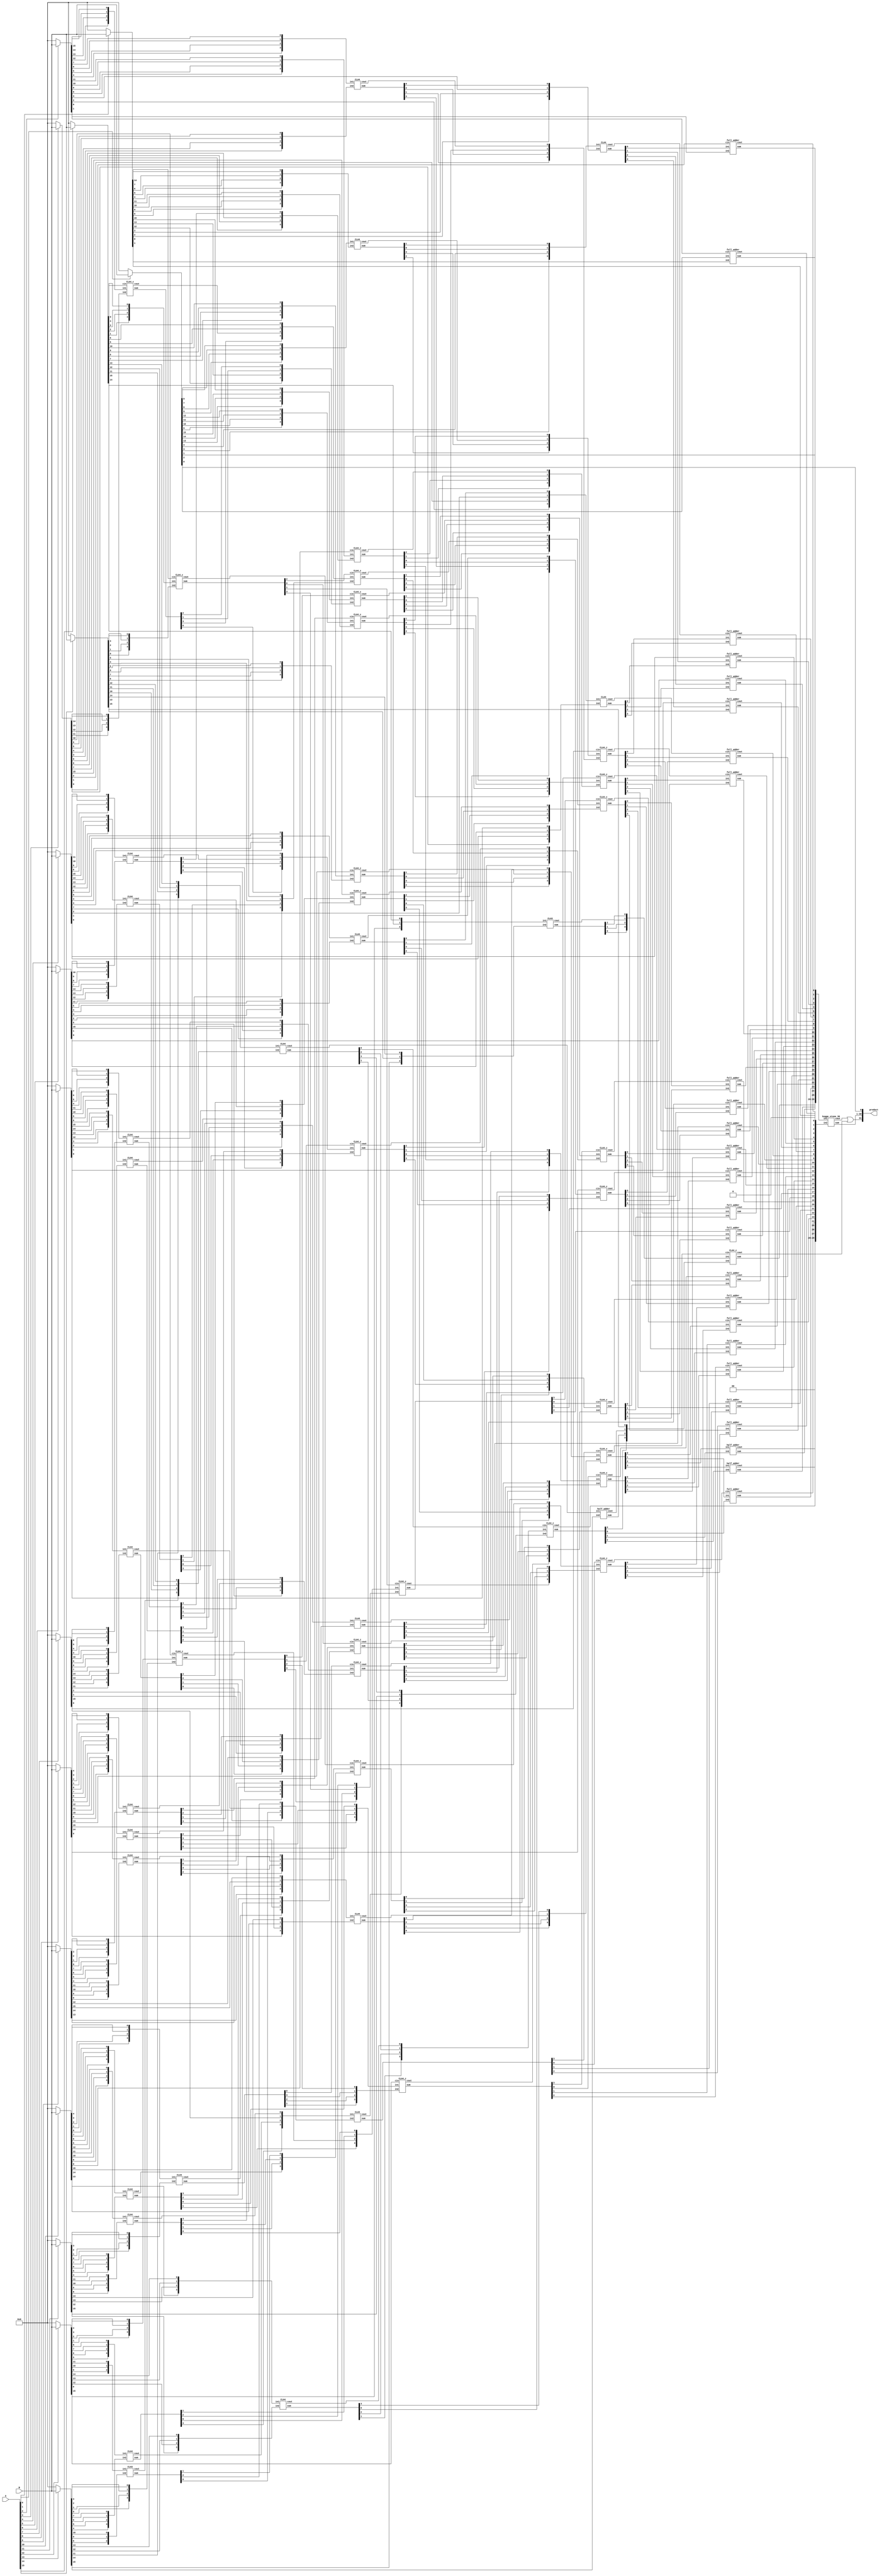
module multiplier_16bits_version2(product, A, B);

    /* This implementation is similar to 16bit dadda with CLA reduction, but
     * uses kogge-stone for carry propagating adder
     * Area: 5516.621334 
     * Power: 3.6651mW
     * Timing: 1.76ns 
     */
 
    input [15:0] A, B;
    output [31:0] product;

    wire [15:0] pp0, pp1, pp2, pp3, pp4, pp5, pp6, pp7, pp8, pp9, pp10, pp11, pp12, pp13, pp14, pp15;

    assign pp0  = A[0]  ? B : 16'b0000000000000000;
    assign pp1  = A[1]  ? B : 16'b0000000000000000;
    assign pp2  = A[2]  ? B : 16'b0000000000000000;
    assign pp3  = A[3]  ? B : 16'b0000000000000000;
    assign pp4  = A[4]  ? B : 16'b0000000000000000;
    assign pp5  = A[5]  ? B : 16'b0000000000000000;
    assign pp6  = A[6]  ? B : 16'b0000000000000000;
    assign pp7  = A[7]  ? B : 16'b0000000000000000;
    assign pp8  = A[8]  ? B : 16'b0000000000000000;
    assign pp9  = A[9]  ? B : 16'b0000000000000000;
    assign pp10 = A[10] ? B : 16'b0000000000000000;
    assign pp11 = A[11] ? B : 16'b0000000000000000;
    assign pp12 = A[12] ? B : 16'b0000000000000000;
    assign pp13 = A[13] ? B : 16'b0000000000000000;
    assign pp14 = A[14] ? B : 16'b0000000000000000;
    assign pp15 = A[15] ? B : 16'b0000000000000000;

    assign product[0] = pp0[0];

    /* CLA 1 */
    wire [3:0] s1, in1_1, in1_2;
    wire c1;
    assign in1_1 = {pp2[12], pp2[13], pp2[14], pp2[15]};
    assign in1_2 = {pp3[11], pp3[12], pp3[13], pp3[14]};
    CLA4_c CLA01(s1, c1, in1_1, in1_2, pp14[0]);

    /* CLA 2 */
    wire [3:0] s2, in2_1, in2_2;
    wire c2;
    assign in2_1 = {pp4[8], pp4[9], pp4[10], pp4[11]};
    assign in2_2 = {pp5[7], pp5[8], pp5[9],  pp5[10]};
    CLA4 CLA02(s2, c2, in2_1, in2_2);

    wire [3:0] s3, in3_1, in3_2;
    wire c3;
    assign in3_1 = {pp4[12], pp4[13], pp4[14], pp4[15]};
    assign in3_2 = {pp5[11], pp5[12], pp5[13], pp5[14]};
    CLA4 CLA03(s3, c3, in3_1, in3_2);

    wire [3:0] s4, in4_1, in4_2;
    wire c4;
    assign in4_1 = {pp6[4], pp6[5], pp6[6], pp6[7]};
    assign in4_2 = {pp7[3], pp7[4], pp7[5], pp7[6]};
    CLA4 CLA04(s4, c4, in4_1, in4_2);

    wire [3:0] s5, in5_1, in5_2;
    wire c5;
    assign in5_1 = {pp6[8], pp6[9], pp6[10], pp6[11]};
    assign in5_2 = {pp7[7], pp7[8], pp7[9],  pp7[10]};
    CLA4 CLA05(s5, c5, in5_1, in5_2);

    wire [3:0] s6, in6_1, in6_2;
    wire c6;
    assign in6_1 = {pp6[12], pp6[13], pp6[14], pp6[15]};
    assign in6_2 = {pp7[11], pp7[12], pp7[13], pp7[14]};
    CLA4 CLA06(s6, c6, in6_1, in6_2);

    wire [3:0] s7, in7_1, in7_2;
    wire c7;
    assign in7_1 = {pp8[1], pp8[2], pp8[3], pp8[4]};
    assign in7_2 = {pp9[0], pp9[1], pp9[2], pp9[3]};
    CLA4 CLA07(s7, c7, in7_1, in7_2);

    wire [3:0] s8, in8_1, in8_2;
    wire c8;
    assign in8_1 = {pp8[5], pp8[6], pp8[7], pp8[8]};
    assign in8_2 = {pp9[4], pp9[5], pp9[6], pp9[7]};
    CLA4 CLA08(s8, c8, in8_1, in8_2);

    wire [3:0] s9, in9_1, in9_2;
    wire c9;
    assign in9_1 = {pp8[9], pp8[10], pp8[11], pp8[12]};
    assign in9_2 = {pp9[8], pp9[9],  pp9[10], pp9[11]};
    CLA4 CLA09(s9, c9, in9_1, in9_2);

    wire [3:0] sA, inA_1, inA_2;
    wire cA;
    assign inA_1 = {pp10[1], pp10[2], pp10[3], pp10[4]};
    assign inA_2 = {pp11[0], pp11[1], pp11[2], pp11[3]};
    CLA4 CLA0A(sA, cA, inA_1, inA_2);

    wire [3:0] sB, inB_1, inB_2;
    wire cB;
    assign inB_1 = {pp10[5], pp10[6], pp10[7], pp10[8]};
    assign inB_2 = {pp11[4], pp11[5], pp11[6], pp11[7]};
    CLA4 CLA0B(sB, cB, inB_1, inB_2);

    wire [3:0] sC, inC_1, inC_2;
    wire cC;
    assign inC_1 = {pp10[9], pp10[10], pp10[11], pp10[12]};
    assign inC_2 = {pp11[8], pp11[9],  pp11[10], pp11[11]};
    CLA4 CLA0C(sC, cC, inC_1, inC_2);


    wire [3:0] sD, inD_1, inD_2;
    wire cD;
    assign inD_1 = {pp12[1], pp12[2], pp12[3], pp12[4]};
    assign inD_2 = {pp13[0], pp13[1], pp13[2], pp13[3]};
    CLA4_c CLA0D(sD, cD, inD_1, inD_2, pp3[10]);

    wire [3:0] sE, inE_1, inE_2;
    wire cE;
    assign inE_1 = {pp12[5], pp12[6], pp12[7], pp12[8]};
    assign inE_2 = {pp13[4], pp13[5], pp13[6], pp13[7]};
    CLA4 CLA0E(sE, cE, inE_1, inE_2);

    wire [2:0] sF, inF_1, inF_2;
    wire cF;
    assign inF_1 = {pp12[9], pp12[10], pp12[11]};
    assign inF_2 = {pp13[8], pp13[9],  pp13[10]};
    CLA3 CLA0F(sF, cF, inF_1, inF_2);

    wire [3:0] sG, inG_1, inG_2;
    wire cG;
    assign inG_1 = {pp14[1], pp14[2], pp14[3], pp14[4]};
    assign inG_2 = {pp15[0], pp15[1], pp15[2], pp15[3]};
    CLA4_c CLA0G(sG, cG, inG_1, inG_2, pp1[14]);


    /* 2nd Stage */

    wire [3:0] sH, inH_1, inH_2;
    wire cH;
    assign inH_1 = {pp0[5], pp0[6], pp0[7], pp0[8]};
    assign inH_2 = {pp1[4], pp1[5], pp1[6], pp1[7]};
    CLA4 CLA0H(sH, cH, inH_1, inH_2);

    wire [3:0] sI, inI_1, inI_2;
    wire cI;
    assign inI_1 = {pp0[9], pp0[10], pp0[11], pp0[12]};
    assign inI_2 = {pp1[8], pp1[9],  pp1[10], pp1[11]};
    CLA4_c CLA0I(sI, cI, inI_1, inI_2, s7[0]);

    wire [3:0] sJ, inJ_1, inJ_2;
    wire cJ;
    assign inJ_1 = {pp0[13], pp0[14], pp0[15], pp1[15]};
    assign inJ_2 = {pp1[12], pp1[13], s1[1],   s1[2]};
    CLA4_c CLA0J(sJ, cJ, inJ_1, inJ_2, sD[0]);
 
    wire [3:0] sK, inK_1, inK_2;
    wire cK;
    assign inK_1 = {s1[3], c1,    pp14[5], pp14[6]};
    assign inK_2 = {s3[1], s3[2], pp15[4], pp15[5]};
    CLA4_c CLA0K(sK, cK, inK_1, inK_2, sG[2]);

    wire [3:0] sL, inL_1, inL_2;
    wire cL;
    assign inL_1 = {pp14[7], pp14[8], pp14[9], pp14[10]};
    assign inL_2 = {pp15[6], pp15[7], pp15[8], pp15[9]};
    CLA4_c CLA0L(sL, cL, inL_1, inL_2, pp8[13]);


    wire [3:0] sM, inM_1, inM_2;
    wire cM;
    assign inM_1 = {pp2[4], pp2[5], pp2[6], pp2[7]};
    assign inM_2 = {pp3[3], pp3[4], pp3[5], pp3[6]};
    CLA4 CLA0M(sM, cM, inM_1, inM_2);

    wire [3:0] sN, inN_1, inN_2;
    wire cN;
    assign inN_1 = {pp2[8], pp2[9], pp2[10], pp2[11]};
    assign inN_2 = {pp3[7], pp3[8], pp3[9],  s2[1]};
    CLA4_c CLA0N(sN, cN, inN_1, inN_2, pp10[0]);

    wire [3:0] sO, inO_1, inO_2;
    wire cO;
    assign inO_1 = {s1[0], s2[3], c2,    s5[3]};
    assign inO_2 = {s2[2], s5[1], s3[0], c8};
    CLA4_c CLA0O(sO, cO, inO_1, inO_2, sD[1]);

    wire [3:0] sP, inP_1, inP_2;
    wire cP;
    assign inP_1 = {c5,    s3[3], c3,    s6[3]};
    assign inP_2 = {s6[0], s6[1], s6[2], pp9[12]};
    CLA4_c CLA0P(sP, cP, inP_1, inP_2, pp3[15]);


    wire [3:0] sQ, inQ_1, inQ_2;
    wire cQ;
    assign inQ_1 = {pp9[13], pp9[14], pp9[15],  pp10[15]};
    assign inQ_2 = {pp8[14], pp8[15], pp10[14], pp11[14]};
    CLA4 CLA0Q(sQ, cQ, inQ_1, inQ_2);

    wire [3:0] sR, inR_1, inR_2;
    wire cR;
    assign inR_1 = {pp4[3], pp4[4], pp4[5], pp4[6]};
    assign inR_2 = {pp5[2], pp5[3], pp5[4], pp5[5]};
    CLA4 CLA0R(sR, cR, inR_1, inR_2);

    wire [3:0] sS, inS_1, inS_2;
    wire cS;
    assign inS_1 = {pp4[7], s2[0], s4[3], c4};
    assign inS_2 = {pp5[6], s4[2], c7,    s5[0]};
    CLA4_c CLA0S(sS, cS, inS_1, inS_2, sA[0]);

    wire [3:0] sT, inT_1, inT_2;
    wire cT;
    assign inT_1 = {s8[2], s5[2], s9[0], s9[1]};
    assign inT_2 = {cA,    s8[3], sB[2], sB[3]};
    CLA4_c CLA0T(sT, cT, inT_1, inT_2, sG[0]);

    wire [3:0] sU, inU_1, inU_2;
    wire cU;
    assign inU_1 = {s9[2], s9[3], c9, sC[3]};
    assign inU_2 = {cB, sC[1], sC[2], sF[1]};
    CLA4_c CLA0U(sU, cU, inU_1, inU_2, cG);

    wire [3:0] sV, inV_1, inV_2;
    wire cV;
    assign inV_1 = {pp10[13], pp11[13], pp12[13], pp12[14]};
    assign inV_2 = {pp11[12], pp12[12], pp13[12], pp13[13]};
    CLA4 CLA0V(sV, cV, inV_1, inV_2);


    wire [3:0] sW, inW_1, inW_2;
    wire cW;
    assign inW_1 = {pp6[2], pp6[3], s4[0], s4[1]};
    assign inW_2 = {pp7[1], pp7[2], s7[1], s7[2]};
    CLA4 CLA0W(sW, cW, inW_1, inW_2);


    wire [3:0] sX, inX_1, inX_2;
    wire cX;
    assign inX_1 = {s7[3], s8[0], s8[1], sB[0]};
    assign inX_2 = {sA[1], sA[2], sA[3], sD[2]};
    CLA4_c CLA0X(sX, cX, inX_1, inX_2, pp12[0]);


    wire [3:0] sY, inY_1, inY_2;
    wire cY;
    assign inY_1 = {sB[1], cD, sE[1], sC[0]};
    assign inY_2 = {sD[3], sE[0], sG[3], sE[2]};
    CLA4_c CLA0Y(sY, cY, inY_1, inY_2, sG[1]);

    wire [3:0] sZ, inZ_1, inZ_2;
    wire cZ;
    assign inZ_1 = {sE[3], cE, pp7[15], cC};
    assign inZ_2 = {pp5[15], sF[0], c6, sF[2]};
    CLA4 CLA0Z(sZ, cZ, inZ_1, inZ_2);

    wire [3:0] s11, in11_1, in11_2;
    wire c11;
    assign in11_1 = {pp13[11], pp14[11], pp14[12], pp14[13]};
    assign in11_2 = {cF,       pp15[10], pp15[11], pp15[12]};
    CLA4 CLA11(s11, c11, in11_1, in11_2);

    /* 2nd Stage */
    wire [3:0] s12, in12_1, in12_2;
    wire c12;
    assign in12_1 = {pp0[3], pp0[4], sH[0], sH[1]};
    assign in12_2 = {pp1[2], pp1[3], pp2[3], sM[0]};
    CLA4 CLA12(s12, c12, in12_1, in12_2);


    wire [3:0] s13, in13_1, in13_2;
    wire c13;
    assign in13_1 = {sH[2], sH[3], cH,    sI[1]};
    assign in13_2 = {sM[1], sM[2], sI[0], cM};
    CLA4_c CLA13(s13, c13, in13_1, in13_2, pp7[0]);

    wire [3:0] s14, in14_1, in14_2;
    wire c14;
    assign in14_1 = {sI[2], sI[3], cI,    sJ[1]};
    assign in14_2 = {sN[1], sN[2], sJ[0], cN};
    CLA4_c CLA14(s14, c14, in14_1, in14_2, sW[3]);

    wire [3:0] s15, in15_1, in15_2;
    wire c15;
    assign in15_1 = {sJ[2], sJ[3], cJ,    sK[1]};
    assign in15_2 = {sO[1], sO[2], sK[0], cO};
    CLA4_c CLA15(s15, c15, in15_1, in15_2, sX[3]);

    wire [3:0] s16, in16_1, in16_2;
    wire c16;
    assign in16_1 = {sK[2], sK[3], cK,    sL[1]};
    assign in16_2 = {sP[1], sP[2], sL[0], cP};
    CLA4_c CLA16(s16, c16, in16_1, in16_2, sY[3]);

    wire [3:0] s17, in17_1, in17_2;
    wire c17;
    assign in17_1 = {sL[2], sL[3], cL,    cQ};
    assign in17_2 = {sQ[1], sQ[2], sQ[3], sV[3]};
    CLA4_c CLA17(s17, c17, in17_1, in17_2, sZ[3]);

    wire [3:0] s18, in18_1, in18_2;
    wire c18;
    assign in18_1 = {pp2[2], pp3[2], pp4[2], sR[0]};
    assign in18_2 = {pp3[1], pp4[1], pp5[1], pp6[1]};
    CLA4 CLA18(s18, c18, in18_1, in18_2);

    wire [3:0] s19, in19_1, in19_2;
    wire c19;
    assign in19_1 = {sR[1], sM[3], sN[0], cR};
    assign in19_2 = {sW[0], sR[2], sR[3], sS[0]};
    CLA4_c CLA19(s19, c19, in19_1, in19_2, pp8[0]);

    wire [3:0] s20, in20_1, in20_2;
    wire c20;
    assign in20_1 = {sS[1], sN[3], sO[0], cS};
    assign in20_2 = {cW,    sS[2], sS[3], sT[0]};
    CLA4_c CLA20(s20, c20, in20_1, in20_2, sX[0]);

    wire [3:0] s21, in21_1, in21_2;
    wire c21;
    assign in21_1 = {sT[1], sO[3], sP[0], cT};
    assign in21_2 = {cX,    sT[2], sT[3], sU[0]};
    CLA4_c CLA21(s21, c21, in21_1, in21_2, sY[0]);


    wire [3:0] s22, in22_1, in22_2;
    wire c22;
    assign in22_1 = {sU[1], sP[3], sQ[0], cU};
    assign in22_2 = {cY,    sU[2], sU[3], sV[0]};
    CLA4_c CLA22(s22, c22, in22_1, in22_2, sZ[0]);


    wire [3:0] s23, in23_1, in23_2;
    wire c23;
    assign in23_1 = {sV[1], sV[2],  s11[2], cV};
    assign in23_2 = {cZ,    s11[1], pp11[15], s11[3]};
    CLA4_c CLA23(s23, c23, in23_1, in23_2, s11[0]);


    wire [2:0] s24, in24_1, in24_2;
    wire c24;
    assign in24_1 = {pp12[15], pp14[14], pp14[15]};
    assign in24_2 = {pp13[14], pp15[13], pp15[14]};
    CLA3 CLA24(s24, c24, in24_1, in24_2);

    half_adder HA01(s25, c25, c11, pp13[15]);

    /* 3rd Stage */
    full_adder fa01(s31, c31, pp0[2], pp1[1], pp2[0]);
    full_adder fa02(s32, c32, s12[0], pp2[1], pp3[0]);
    full_adder fa03(s33, c33, s12[1], s18[0], pp4[0]);
    full_adder fa04(s34, c34, s12[2], s18[1], pp5[0]);
    full_adder fa05(s35, c35, s12[3], s18[2], pp6[0]);
    full_adder fa06(s36, c36, s13[0], s18[3], c12);
    full_adder fa07(s37, c37, s13[1], s19[0], c18);
    full_adder fa08(s38, c38, s13[2], s19[1], sW[1]);
    full_adder fa09(s39, c39, s13[3], s19[2], sW[2]);
    full_adder fa10(s40, c40, s14[0], s19[3], c13);
    full_adder fa11(s41, c41, s14[1], s20[0], c19);
    full_adder fa12(s42, c42, s14[2], s20[1], sX[1]);
    full_adder fa13(s43, c43, s14[3], s20[2], sX[2]);
    full_adder fa14(s44, c44, s15[0], s20[3], c14);
    full_adder fa15(s45, c45, s15[1], s21[0], c20);
    full_adder fa16(s46, c46, s15[2], s21[1], sY[1]);
    full_adder fa17(s47, c47, s15[3], s21[2], sY[2]);
    full_adder fa18(s48, c48, s16[0], s21[3], c15);
    full_adder fa19(s49, c49, s16[1], s22[0], c21);
    full_adder fa20(s50, c50, s16[2], s22[1], sZ[1]);
    full_adder fa21(s51, c51, s16[3], s22[2], sZ[2]);
    full_adder fa22(s52, c52, s17[0], s22[3], c16);
    full_adder fa23(s53, c53, s17[1], s23[0], c22);
    half_adder ha02(s54, c54, s17[2], s23[1]);
    half_adder ha03(s55, c55, s17[3], s23[2]);

    wire [3:0] s26, in26_1, in26_2;
    wire c26;
    assign in26_1 = {s24[0], s24[1], s24[2], c24};
    assign in26_2 = {s23[3], s25, c25, pp15[15]};
    CLA4_c CLA26(s26, c26, in26_1, in26_2, c17);


    wire [29:0] s, in_1, in_2;
    wire c;
    assign in_1 = {s26[3],s26[2],s26[1],s26[0],s55,s54,s53,s52,s51,s50,s49,s48,s47,s46,s45,s44,s43,s42,s41,s40,s39,s38,s37,s36,s35,s34,s33,s32,s31,pp0[1]};
    assign in_2 = {1'b0,1'b0,c23,c55,c54,c53,c52,c51,c50,c49,c48,c47,c46,c45,c44,c43,c42,c41,c40,c39,c38,c37,c36,c35,c34,c33,c32,c31,1'b0,pp1[0]};
    kogge_stone_30 KS_27(s, c, in_1, in_2);
    assign product[1]  = s[0];
    assign product[2]  = s[1];
    assign product[3]  = s[2];
    assign product[4]  = s[3];
    assign product[5]  = s[4];
    assign product[6]  = s[5];
    assign product[7]  = s[6];
    assign product[8]  = s[7];
    assign product[9]  = s[8];
    assign product[10] = s[9];
    assign product[11] = s[10];
    assign product[12] = s[11];
    assign product[13] = s[12];
    assign product[14] = s[13];
    assign product[15] = s[14];
    assign product[16] = s[15];
    assign product[17] = s[16];
    assign product[18] = s[17];
    assign product[19] = s[18];
    assign product[20] = s[19];
    assign product[21] = s[20];
    assign product[22] = s[21];
    assign product[23] = s[22];
    assign product[24] = s[23];
    assign product[25] = s[24];
    assign product[26] = s[25];
    assign product[27] = s[26];
    assign product[28] = s[27];
    assign product[29] = s[28];
    assign product[30] = s[29];
    or(product[31], c, c26);
endmodule

module CLA4(output [3:0] sum,
            output cout,
            input [3:0] in1, in2);

    wire [3:0] G; /* Generate */
    wire [3:0] P; /* Propagate */
    wire [3:0] C; /* Carry */

    assign G[0] = in1[3] & in2[3]; /*Generate    Gi = Ai * Bi */
    assign G[1] = in1[2] & in2[2];
    assign G[2] = in1[1] & in2[1];
    assign G[3] = in1[0] & in2[0];
    assign P[0] = in1[3] ^ in2[3]; /*Propagate   Pi = Ai + Bi */
    assign P[1] = in1[2] ^ in2[2];
    assign P[2] = in1[1] ^ in2[1];
    assign P[3] = in1[0] ^ in2[0];

    assign C[0] = 0;
    assign C[1] = G[0] | (P[0] & C[0]);
    assign C[2] = G[1] | (P[1] & C[1]);
    assign C[3] = G[2] | (P[2] & C[2]);
    assign cout = G[3] | (P[3] & C[3]);
    assign sum = P ^ C;
endmodule

module CLA3(output [2:0] sum,
            output cout,
            input [2:0] in1, in2);

    wire [2:0] G; /* Generate */
    wire [2:0] P; /* Propagate */
    wire [2:0] C; /* Carry */

    assign G[0] = in1[2] & in2[2]; /*Generate    Gi = Ai * Bi */
    assign G[1] = in1[1] & in2[1];
    assign G[2] = in1[0] & in2[0];

    assign P[0] = in1[2] ^ in2[2];
    assign P[1] = in1[1] ^ in2[1];
    assign P[2] = in1[0] ^ in2[0];

    assign C[0] = 0;
    assign C[1] = G[0] | (P[0] & C[0]);
    assign C[2] = G[1] | (P[1] & C[1]);
    assign cout = G[2] | (P[2] & C[2]);
    assign sum = P ^ C;
endmodule

module CLA4_c(output [3:0] sum,
            output cout,
            input [3:0] in1, in2,
            input cin);

    wire [3:0] G; /* Generate */
    wire [3:0] P; /* Propagate */
    wire [3:0] C; /* Carry */

    assign G[0] = in1[3] & in2[3]; /*Generate    Gi = Ai * Bi */
    assign G[1] = in1[2] & in2[2];
    assign G[2] = in1[1] & in2[1];
    assign G[3] = in1[0] & in2[0];
    assign P[0] = in1[3] ^ in2[3]; /*Propagate   Pi = Ai + Bi */
    assign P[1] = in1[2] ^ in2[2];
    assign P[2] = in1[1] ^ in2[1];
    assign P[3] = in1[0] ^ in2[0];

    assign C[0] = cin;
    assign C[1] = G[0] | (P[0] & C[0]);
    assign C[2] = G[1] | (P[1] & C[1]);
    assign C[3] = G[2] | (P[2] & C[2]);
    assign cout = G[3] | (P[3] & C[3]);
    assign sum = P ^ C;
endmodule

module half_adder(output wire sum,
                  output wire cout,
                  input wire in1,
                  input wire in2);
    xor(sum, in1, in2);
    and(cout, in1, in2);
endmodule

module full_adder(output wire sum,
                  output wire cout,
                  input wire in1,
                  input wire in2,
                  input wire cin);
    wire temp1;
    wire temp2;
    wire temp3;
    xor(sum, in1, in2, cin);
    and(temp1,in1,in2);
    and(temp2,in1,cin);
    and(temp3,in2,cin);
    or(cout,temp1,temp2,temp3);
endmodule

module kogge_stone_30(sum, cout, in1, in2);
    input [29:0] in1, in2; //input
    output [29:0] sum; //output
    output cout; //carry-out
    wire [29:0] G_Z, P_Z, //wires
    G_A, P_A,
    G_B, P_B,
    G_C, P_C,
    G_D, P_D,
    G_E, P_E,
    G_F, P_F;

    assign P_Z = in1 ^ in2;
    assign G_Z = in1 & in2;

    /*level 1*/
    assign G_A[0] = G_Z[0];
    //gray_cell level_0A(cin, P_Z[0], G_Z[0], G_A[0]);
    black_cell level_1A(G_Z[0],  P_Z[1],  G_Z[1],  P_Z[0],  G_A[1],  P_A[1]);
    black_cell level_2A(G_Z[1],  P_Z[2],  G_Z[2],  P_Z[1],  G_A[2],  P_A[2]);
    black_cell level_3A(G_Z[2],  P_Z[3],  G_Z[3],  P_Z[2],  G_A[3],  P_A[3]);
    black_cell level_4A(G_Z[3],  P_Z[4],  G_Z[4],  P_Z[3],  G_A[4],  P_A[4]);
    black_cell level_5A(G_Z[4],  P_Z[5],  G_Z[5],  P_Z[4],  G_A[5],  P_A[5]);
    black_cell level_6A(G_Z[5],  P_Z[6],  G_Z[6],  P_Z[5],  G_A[6],  P_A[6]);
    black_cell level_7A(G_Z[6],  P_Z[7],  G_Z[7],  P_Z[6],  G_A[7],  P_A[7]);
    black_cell level_8A(G_Z[7],  P_Z[8],  G_Z[8],  P_Z[7],  G_A[8],  P_A[8]);
    black_cell level_9A(G_Z[8],  P_Z[9],  G_Z[9],  P_Z[8],  G_A[9],  P_A[9]);
    black_cell level_AA(G_Z[9],  P_Z[10], G_Z[10], P_Z[9],  G_A[10], P_A[10]);
    black_cell level_BA(G_Z[10], P_Z[11], G_Z[11], P_Z[10], G_A[11], P_A[11]);
    black_cell level_CA(G_Z[11], P_Z[12], G_Z[12], P_Z[11], G_A[12], P_A[12]);
    black_cell level_DA(G_Z[12], P_Z[13], G_Z[13], P_Z[12], G_A[13], P_A[13]);
    black_cell level_EA(G_Z[13], P_Z[14], G_Z[14], P_Z[13], G_A[14], P_A[14]);
    black_cell level_FA(G_Z[14], P_Z[15], G_Z[15], P_Z[14], G_A[15], P_A[15]);
    black_cell level_GA(G_Z[15], P_Z[16], G_Z[16], P_Z[15], G_A[16], P_A[16]);
    black_cell level_HA(G_Z[16], P_Z[17], G_Z[17], P_Z[16], G_A[17], P_A[17]);
    black_cell level_IA(G_Z[17], P_Z[18], G_Z[18], P_Z[17], G_A[18], P_A[18]);
    black_cell level_JA(G_Z[18], P_Z[19], G_Z[19], P_Z[18], G_A[19], P_A[19]);
    black_cell level_KA(G_Z[19], P_Z[20], G_Z[20], P_Z[19], G_A[20], P_A[20]);
    black_cell level_LA(G_Z[20], P_Z[21], G_Z[21], P_Z[20], G_A[21], P_A[21]);
    black_cell level_MA(G_Z[21], P_Z[22], G_Z[22], P_Z[21], G_A[22], P_A[22]);
    black_cell level_NA(G_Z[22], P_Z[23], G_Z[23], P_Z[22], G_A[23], P_A[23]);
    black_cell level_OA(G_Z[23], P_Z[24], G_Z[24], P_Z[23], G_A[24], P_A[24]);
    black_cell level_PA(G_Z[24], P_Z[25], G_Z[25], P_Z[24], G_A[25], P_A[25]);
    black_cell level_QA(G_Z[25], P_Z[26], G_Z[26], P_Z[25], G_A[26], P_A[26]);
    black_cell level_RA(G_Z[26], P_Z[27], G_Z[27], P_Z[26], G_A[27], P_A[27]);
    black_cell level_SA(G_Z[27], P_Z[28], G_Z[28], P_Z[27], G_A[28], P_A[28]);
    black_cell level_TA(G_Z[28], P_Z[29], G_Z[29], P_Z[28], G_A[29], P_A[29]);

    /*level 2*/
    assign G_B[1] = G_A[1];
    //gray_cell level_1B(cin,      P_A[1],  G_A[1],  G_B[1]);
    gray_cell level_2B(G_A[0],   P_A[2],  G_A[2],  G_B[2]);
    black_cell level_3B(G_A[1],  P_A[3],  G_A[3],  P_A[1],  G_B[3],  P_B[3]);
    black_cell level_4B(G_A[2],  P_A[4],  G_A[4],  P_A[2],  G_B[4],  P_B[4]);
    black_cell level_5B(G_A[3],  P_A[5],  G_A[5],  P_A[3],  G_B[5],  P_B[5]);
    black_cell level_6B(G_A[4],  P_A[6],  G_A[6],  P_A[4],  G_B[6],  P_B[6]);
    black_cell level_7B(G_A[5],  P_A[7],  G_A[7],  P_A[5],  G_B[7],  P_B[7]);
    black_cell level_8B(G_A[6],  P_A[8],  G_A[8],  P_A[6],  G_B[8],  P_B[8]);
    black_cell level_9B(G_A[7],  P_A[9],  G_A[9],  P_A[7],  G_B[9],  P_B[9]);
    black_cell level_AB(G_A[8],  P_A[10], G_A[10], P_A[8],  G_B[10], P_B[10]);
    black_cell level_BB(G_A[9],  P_A[11], G_A[11], P_A[9],  G_B[11], P_B[11]);
    black_cell level_CB(G_A[10], P_A[12], G_A[12], P_A[10], G_B[12], P_B[12]);
    black_cell level_DB(G_A[11], P_A[13], G_A[13], P_A[11], G_B[13], P_B[13]);
    black_cell level_EB(G_A[12], P_A[14], G_A[14], P_A[12], G_B[14], P_B[14]);
    black_cell level_FB(G_A[13], P_A[15], G_A[15], P_A[13], G_B[15], P_B[15]);
    black_cell level_GB(G_A[14], P_A[16], G_A[16], P_A[14], G_B[16], P_B[16]);
    black_cell level_HB(G_A[15], P_A[17], G_A[17], P_A[15], G_B[17], P_B[17]);
    black_cell level_IB(G_A[16], P_A[18], G_A[18], P_A[16], G_B[18], P_B[18]);
    black_cell level_JB(G_A[17], P_A[19], G_A[19], P_A[17], G_B[19], P_B[19]);
    black_cell level_KB(G_A[18], P_A[20], G_A[20], P_A[18], G_B[20], P_B[20]);
    black_cell level_LB(G_A[19], P_A[21], G_A[21], P_A[19], G_B[21], P_B[21]);
    black_cell level_MB(G_A[20], P_A[22], G_A[22], P_A[20], G_B[22], P_B[22]);
    black_cell level_NB(G_A[21], P_A[23], G_A[23], P_A[21], G_B[23], P_B[23]);
    black_cell level_OB(G_A[22], P_A[24], G_A[24], P_A[22], G_B[24], P_B[24]);
    black_cell level_PB(G_A[23], P_A[25], G_A[25], P_A[23], G_B[25], P_B[25]);
    black_cell level_QB(G_A[24], P_A[26], G_A[26], P_A[24], G_B[26], P_B[26]);
    black_cell level_RB(G_A[25], P_A[27], G_A[27], P_A[25], G_B[27], P_B[27]);
    black_cell level_SB(G_A[26], P_A[28], G_A[28], P_A[26], G_B[28], P_B[28]);
    black_cell level_TB(G_A[27], P_A[29], G_A[29], P_A[27], G_B[29], P_B[29]);

    /*level 3*/
    assign G_C[3] = G_B[3];
    //gray_cell level_3C(cin,      P_B[3],  G_B[3],  G_C[3]);
    gray_cell level_4C(G_A[0],   P_B[4],  G_B[4],  G_C[4]);
    gray_cell level_5C(G_B[1],   P_B[5],  G_B[5],  G_C[5]);
    gray_cell level_6C(G_B[2],   P_B[6],  G_B[6],  G_C[6]);
    black_cell level_7C(G_B[3],  P_B[7],  G_B[7],  P_B[3],  G_C[7],  P_C[7]);
    black_cell level_8C(G_B[4],  P_B[8],  G_B[8],  P_B[4],  G_C[8],  P_C[8]);
    black_cell level_9C(G_B[5],  P_B[9],  G_B[9],  P_B[5],  G_C[9],  P_C[9]);
    black_cell level_AC(G_B[6],  P_B[10], G_B[10], P_B[6],  G_C[10], P_C[10]);
    black_cell level_BC(G_B[7],  P_B[11], G_B[11], P_B[7],  G_C[11], P_C[11]);
    black_cell level_CC(G_B[8],  P_B[12], G_B[12], P_B[8],  G_C[12], P_C[12]);
    black_cell level_DC(G_B[9],  P_B[13], G_B[13], P_B[9],  G_C[13], P_C[13]);
    black_cell level_EC(G_B[10], P_B[14], G_B[14], P_B[10], G_C[14], P_C[14]);
    black_cell level_FC(G_B[11], P_B[15], G_B[15], P_B[11], G_C[15], P_C[15]);
    black_cell level_GC(G_B[12], P_B[16], G_B[16], P_B[12], G_C[16], P_C[16]);
    black_cell level_HC(G_B[13], P_B[17], G_B[17], P_B[13], G_C[17], P_C[17]);
    black_cell level_IC(G_B[14], P_B[18], G_B[18], P_B[14], G_C[18], P_C[18]);
    black_cell level_JC(G_B[15], P_B[19], G_B[19], P_B[15], G_C[19], P_C[19]);
    black_cell level_KC(G_B[16], P_B[20], G_B[20], P_B[16], G_C[20], P_C[20]);
    black_cell level_LC(G_B[17], P_B[21], G_B[21], P_B[17], G_C[21], P_C[21]);
    black_cell level_MC(G_B[18], P_B[22], G_B[22], P_B[18], G_C[22], P_C[22]);
    black_cell level_NC(G_B[19], P_B[23], G_B[23], P_B[19], G_C[23], P_C[23]);
    black_cell level_OC(G_B[20], P_B[24], G_B[24], P_B[20], G_C[24], P_C[24]);
    black_cell level_PC(G_B[21], P_B[25], G_B[25], P_B[21], G_C[25], P_C[25]);
    black_cell level_QC(G_B[22], P_B[26], G_B[26], P_B[22], G_C[26], P_C[26]);
    black_cell level_RC(G_B[23], P_B[27], G_B[27], P_B[23], G_C[27], P_C[27]);
    black_cell level_SC(G_B[24], P_B[28], G_B[28], P_B[24], G_C[28], P_C[28]);
    black_cell level_TC(G_B[25], P_B[29], G_B[29], P_B[25], G_C[29], P_C[29]);

    /*level 4*/
    assign G_D[7] =  G_C[7];
    //gray_cell level_7D(cin,       P_C[7],   G_C[7],            G_D[7]);
    gray_cell level_8D(G_A[0],    P_C[8],   G_C[8],            G_D[8]);
    gray_cell level_9D(G_B[1],    P_C[9],   G_C[9],            G_D[9]);
    gray_cell level_AD(G_B[2],    P_C[10],  G_C[10],           G_D[10]);
    gray_cell level_BD(G_C[3],    P_C[11],  G_C[11],           G_D[11]);
    gray_cell level_CD(G_C[4],    P_C[12],  G_C[12],           G_D[12]);
    gray_cell level_DD(G_C[5],    P_C[13],  G_C[13],           G_D[13]);
    gray_cell level_ED(G_C[6],    P_C[14],  G_C[14],           G_D[14]);
    black_cell level_FD(G_C[7],   P_C[15],  G_C[15],  P_C[7],  G_D[15], P_D[15]);
    black_cell level_GD(G_C[8],   P_C[16],  G_C[16],  P_C[8],  G_D[16], P_D[16]);
    black_cell level_HD(G_C[9],   P_C[17],  G_C[17],  P_C[9],  G_D[17], P_D[17]);
    black_cell level_ID(G_C[10],  P_C[18],  G_C[18],  P_C[10], G_D[18], P_D[18]);
    black_cell level_JD(G_C[11],  P_C[19],  G_C[19],  P_C[11], G_D[19], P_D[19]);
    black_cell level_KD(G_C[12],  P_C[20],  G_C[20],  P_C[12], G_D[20], P_D[20]);
    black_cell level_LD(G_C[13],  P_C[21],  G_C[21],  P_C[13], G_D[21], P_D[21]);
    black_cell level_MD(G_C[14],  P_C[22],  G_C[22],  P_C[14], G_D[22], P_D[22]);
    black_cell level_ND(G_C[15],  P_C[23],  G_C[23],  P_C[15], G_D[23], P_D[23]);
    black_cell level_OD(G_C[16],  P_C[24],  G_C[24],  P_C[16], G_D[24], P_D[24]);
    black_cell level_PD(G_C[17],  P_C[25],  G_C[25],  P_C[17], G_D[25], P_D[25]);
    black_cell level_QD(G_C[18],  P_C[26],  G_C[26],  P_C[18], G_D[26], P_D[26]);
    black_cell level_RD(G_C[19],  P_C[27],  G_C[27],  P_C[19], G_D[27], P_D[27]);
    black_cell level_SD(G_C[20],  P_C[28],  G_C[28],  P_C[20], G_D[28], P_D[28]);
    black_cell level_TD(G_C[21],  P_C[29],  G_C[29],  P_C[21], G_D[29], P_D[29]);

    /*level 5*/
    assign G_E[15] = G_D[15];
    //gray_cell level_FE(cin,       P_D[15],  G_D[15],           G_E[15]);
    gray_cell level_GE(G_A[0],    P_D[16],  G_D[16],           G_E[16]);
    gray_cell level_HE(G_B[1],    P_D[17],  G_D[17],           G_E[17]);
    gray_cell level_IE(G_B[2],    P_D[18],  G_D[18],           G_E[18]);
    gray_cell level_JE(G_C[3],    P_D[19],  G_D[19],           G_E[19]);
    gray_cell level_KE(G_C[4],    P_D[20],  G_D[20],           G_E[20]);
    gray_cell level_LE(G_C[5],    P_D[21],  G_D[21],           G_E[21]);
    gray_cell level_ME(G_C[6],    P_D[22],  G_D[22],           G_E[22]);
    gray_cell level_NE(G_D[7],    P_D[23],  G_D[23],           G_E[23]);
    gray_cell level_OE(G_D[8],    P_D[24],  G_D[24],           G_E[24]);
    gray_cell level_PE(G_D[9],    P_D[25],  G_D[25],           G_E[25]);
    gray_cell level_QE(G_D[10],   P_D[26],  G_D[26],           G_E[26]);
    gray_cell level_RE(G_D[11],   P_D[27],  G_D[27],           G_E[27]);
    gray_cell level_SE(G_D[12],   P_D[28],  G_D[28],           G_E[28]);
    gray_cell level_TE(G_D[13],   P_D[29],  G_D[29],           cout);

    /*outputs*/
    assign sum[0]  =           P_Z[0];
    assign sum[1]  = G_A[0]  ^ P_Z[1];
    assign sum[2]  = G_B[1]  ^ P_Z[2];
    assign sum[3]  = G_B[2]  ^ P_Z[3];
    assign sum[4]  = G_C[3]  ^ P_Z[4];
    assign sum[5]  = G_C[4]  ^ P_Z[5];
    assign sum[6]  = G_C[5]  ^ P_Z[6];
    assign sum[7]  = G_C[6]  ^ P_Z[7];
    assign sum[8]  = G_D[7]  ^ P_Z[8];
    assign sum[9]  = G_D[8]  ^ P_Z[9];
    assign sum[10] = G_D[9]  ^ P_Z[10];
    assign sum[11] = G_D[10] ^ P_Z[11];
    assign sum[12] = G_D[11] ^ P_Z[12];
    assign sum[13] = G_D[12] ^ P_Z[13];
    assign sum[14] = G_D[13] ^ P_Z[14];
    assign sum[15] = G_D[14] ^ P_Z[15];
    assign sum[16] = G_D[15] ^ P_Z[16];
    assign sum[17] = G_D[16] ^ P_Z[17];
    assign sum[18] = G_D[17] ^ P_Z[18];
    assign sum[19] = G_D[18] ^ P_Z[19];
    assign sum[20] = G_D[19] ^ P_Z[20];
    assign sum[21] = G_D[20] ^ P_Z[21];
    assign sum[22] = G_D[21] ^ P_Z[22];
    assign sum[23] = G_D[22] ^ P_Z[23];
    assign sum[24] = G_D[23] ^ P_Z[24];
    assign sum[25] = G_D[24] ^ P_Z[25];
    assign sum[26] = G_D[25] ^ P_Z[26];
    assign sum[27] = G_D[26] ^ P_Z[27];
    assign sum[28] = G_D[27] ^ P_Z[28];
    assign sum[29] = G_D[28] ^ P_Z[29];
endmodule

module gray_cell(Gk_j, Pi_k, Gi_k, G);
    input Gk_j, Pi_k, Gi_k;
    output G;
    wire Y;
    and(Y, Gk_j, Pi_k);
    or(G, Y, Gi_k);
endmodule

module black_cell(Gk_j, Pi_k, Gi_k, Pk_j, G, P);
    input Gk_j, Pi_k, Gi_k, Pk_j;
    output G, P;
    wire Y;
    and(Y, Gk_j, Pi_k);
    or(G, Gi_k, Y);
    and(P, Pk_j, Pi_k);
endmodule